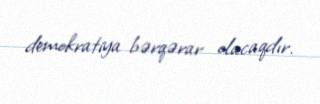
demokratiya bərqərar olacaqdır.